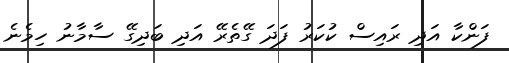
ފަންކާ އަދި ރައިސް ކުކަރު ފަދަ ގޭތެރޭ އަދި ބަދިގޭ ސާމާނު ހިމެނެ